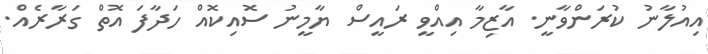
އިއުލާނު ކުރަންވާނީ. އާޒިމާ އިއްވީ ރައީސް ޔާމީނު ސޮއިކޮއް ހަދާފަ އޮތް ގަރާރެއް.